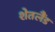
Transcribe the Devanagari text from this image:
शेतलैंड